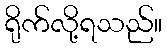
ရိုက်လို့ရသည်။